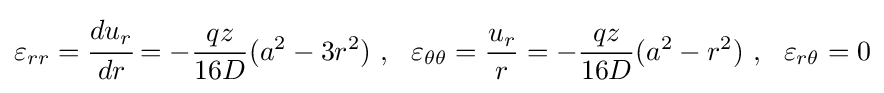
\varepsilon _{rr}={\cfrac {du_{r}}{dr}}=-{\frac {qz}{16D}}(a^{2}-3r^{2})~,~~\varepsilon _{\theta \theta }={\frac {u_{r}}{r}}=-{\frac {qz}{16D}}(a^{2}-r^{2})~,~~\varepsilon _{r\theta }=0